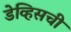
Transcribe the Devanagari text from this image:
डेव्हिसची